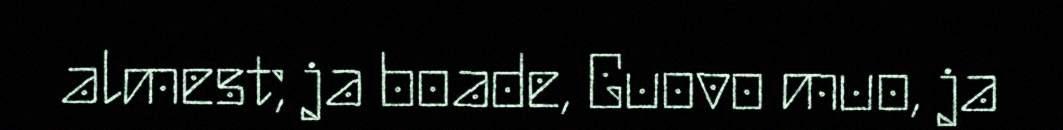
almest; ja boade, Guovo muo, ja